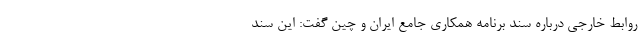
روابط خارجی درباره سند برنامه همکاری جامع ایران و چین گفت: این سند